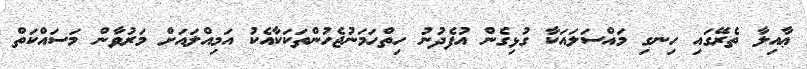
ޢާއިލާ ތެރޭގައި ހިނގި މައްސަލައަކާ ގުޅިގެން އުފެދުނު ހިތްހަމަނުޖެހުންތަކަކާއެކު އަމިއްލައަށް މަރުވާން މަސައްކަތް